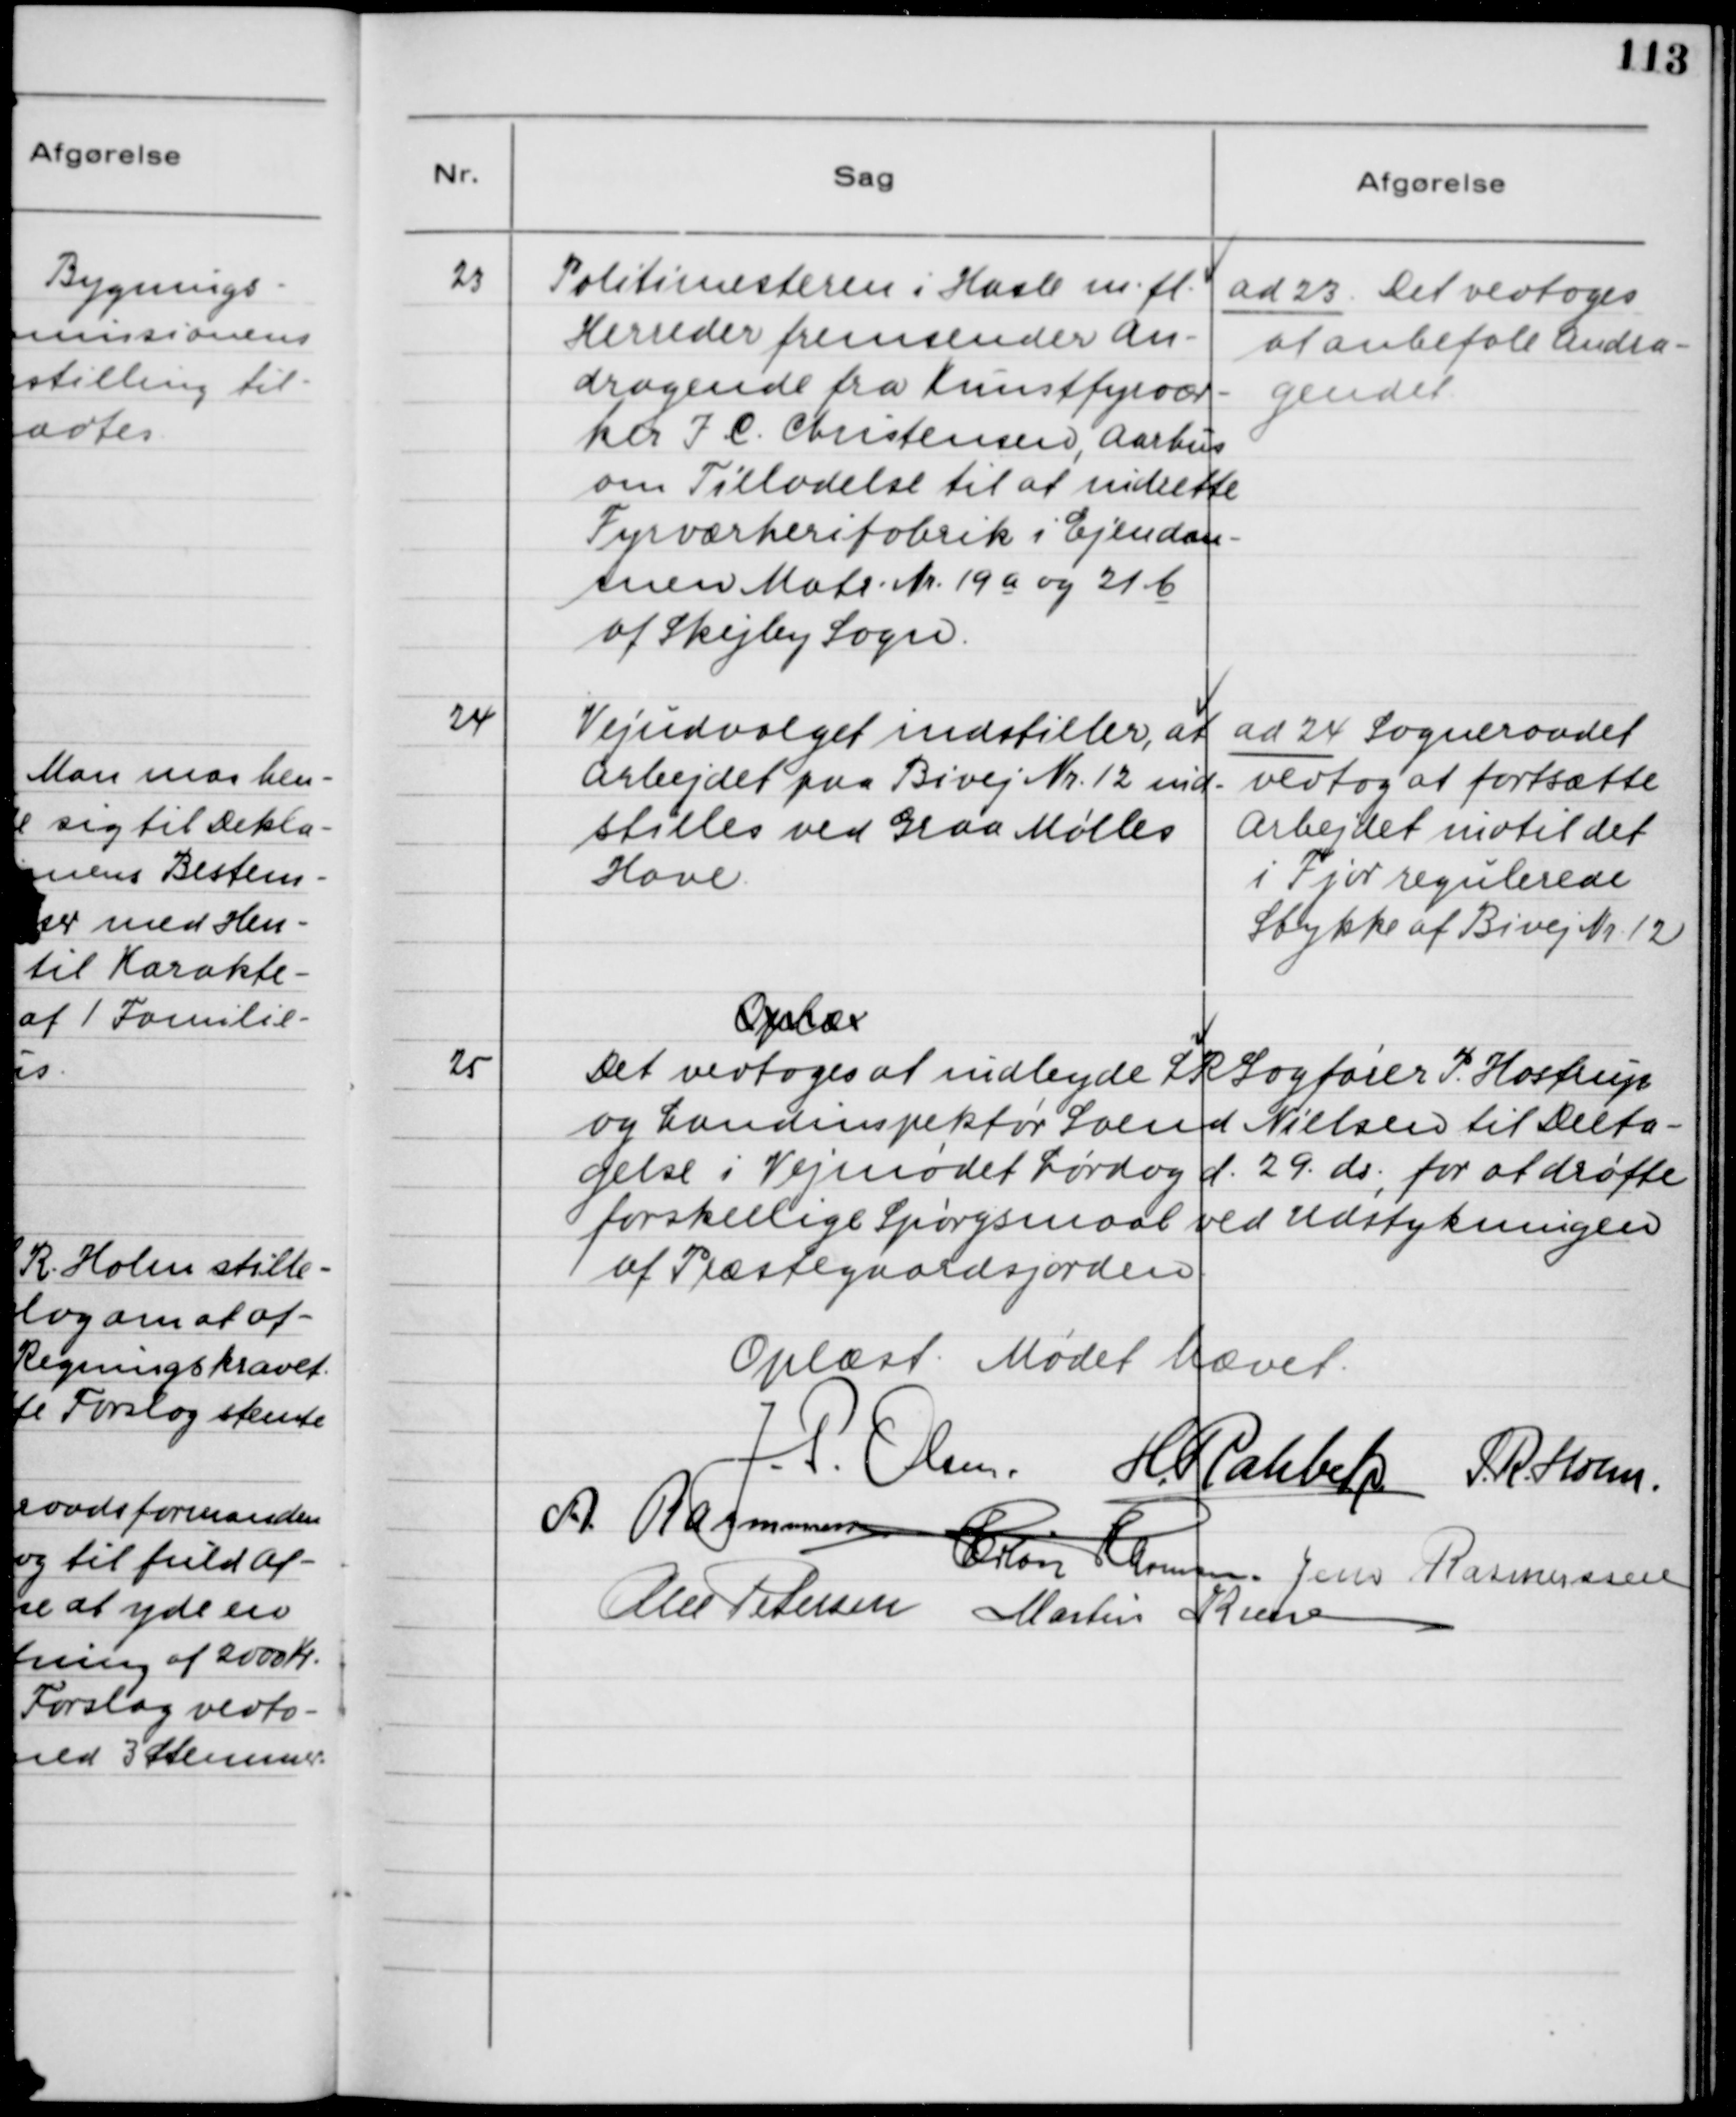
Transskription:
23. Politimesteren i Hasle m.fl.
Herreder fremsender An-
dragende fra Kunstfyrvær-
ker J. C. Christensen, Aarhus
om Tilladelse til at indrette
Fyrværkerifabrik i Ejendom-
men Matr. Nr. 19 a og 21 b
af Skejby Sogn

ad 23. Det vedtoges
at anbefale Andra-
gendet.

24. Vejudvalget indstiller, at
Arbejdet på Bivej Nr. 12 ind-
stilles ved Graa Mølles
Have.

ad 24. Sogneraadet
vedtog at fortsætte
Arbejdet indtil det
i Fjor regulerede
Stykke af Bivej Nr. 12.

Oplæx

25. Det vedtoges at indbyde LRSagfører P. Hostrup
og Landinspektør Svend Nielsen til Delta-
gelse i Vejmødet Lørdag d. 29. ds., for at drøfte
forskellige Spørgsmaal ved Udstykningen
af Præstegaardsjorden.

Oplæst. Mødet hævet.